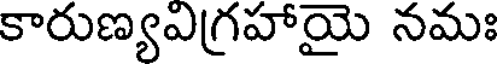
కారుణ్యఎగ్రహాయై నమః